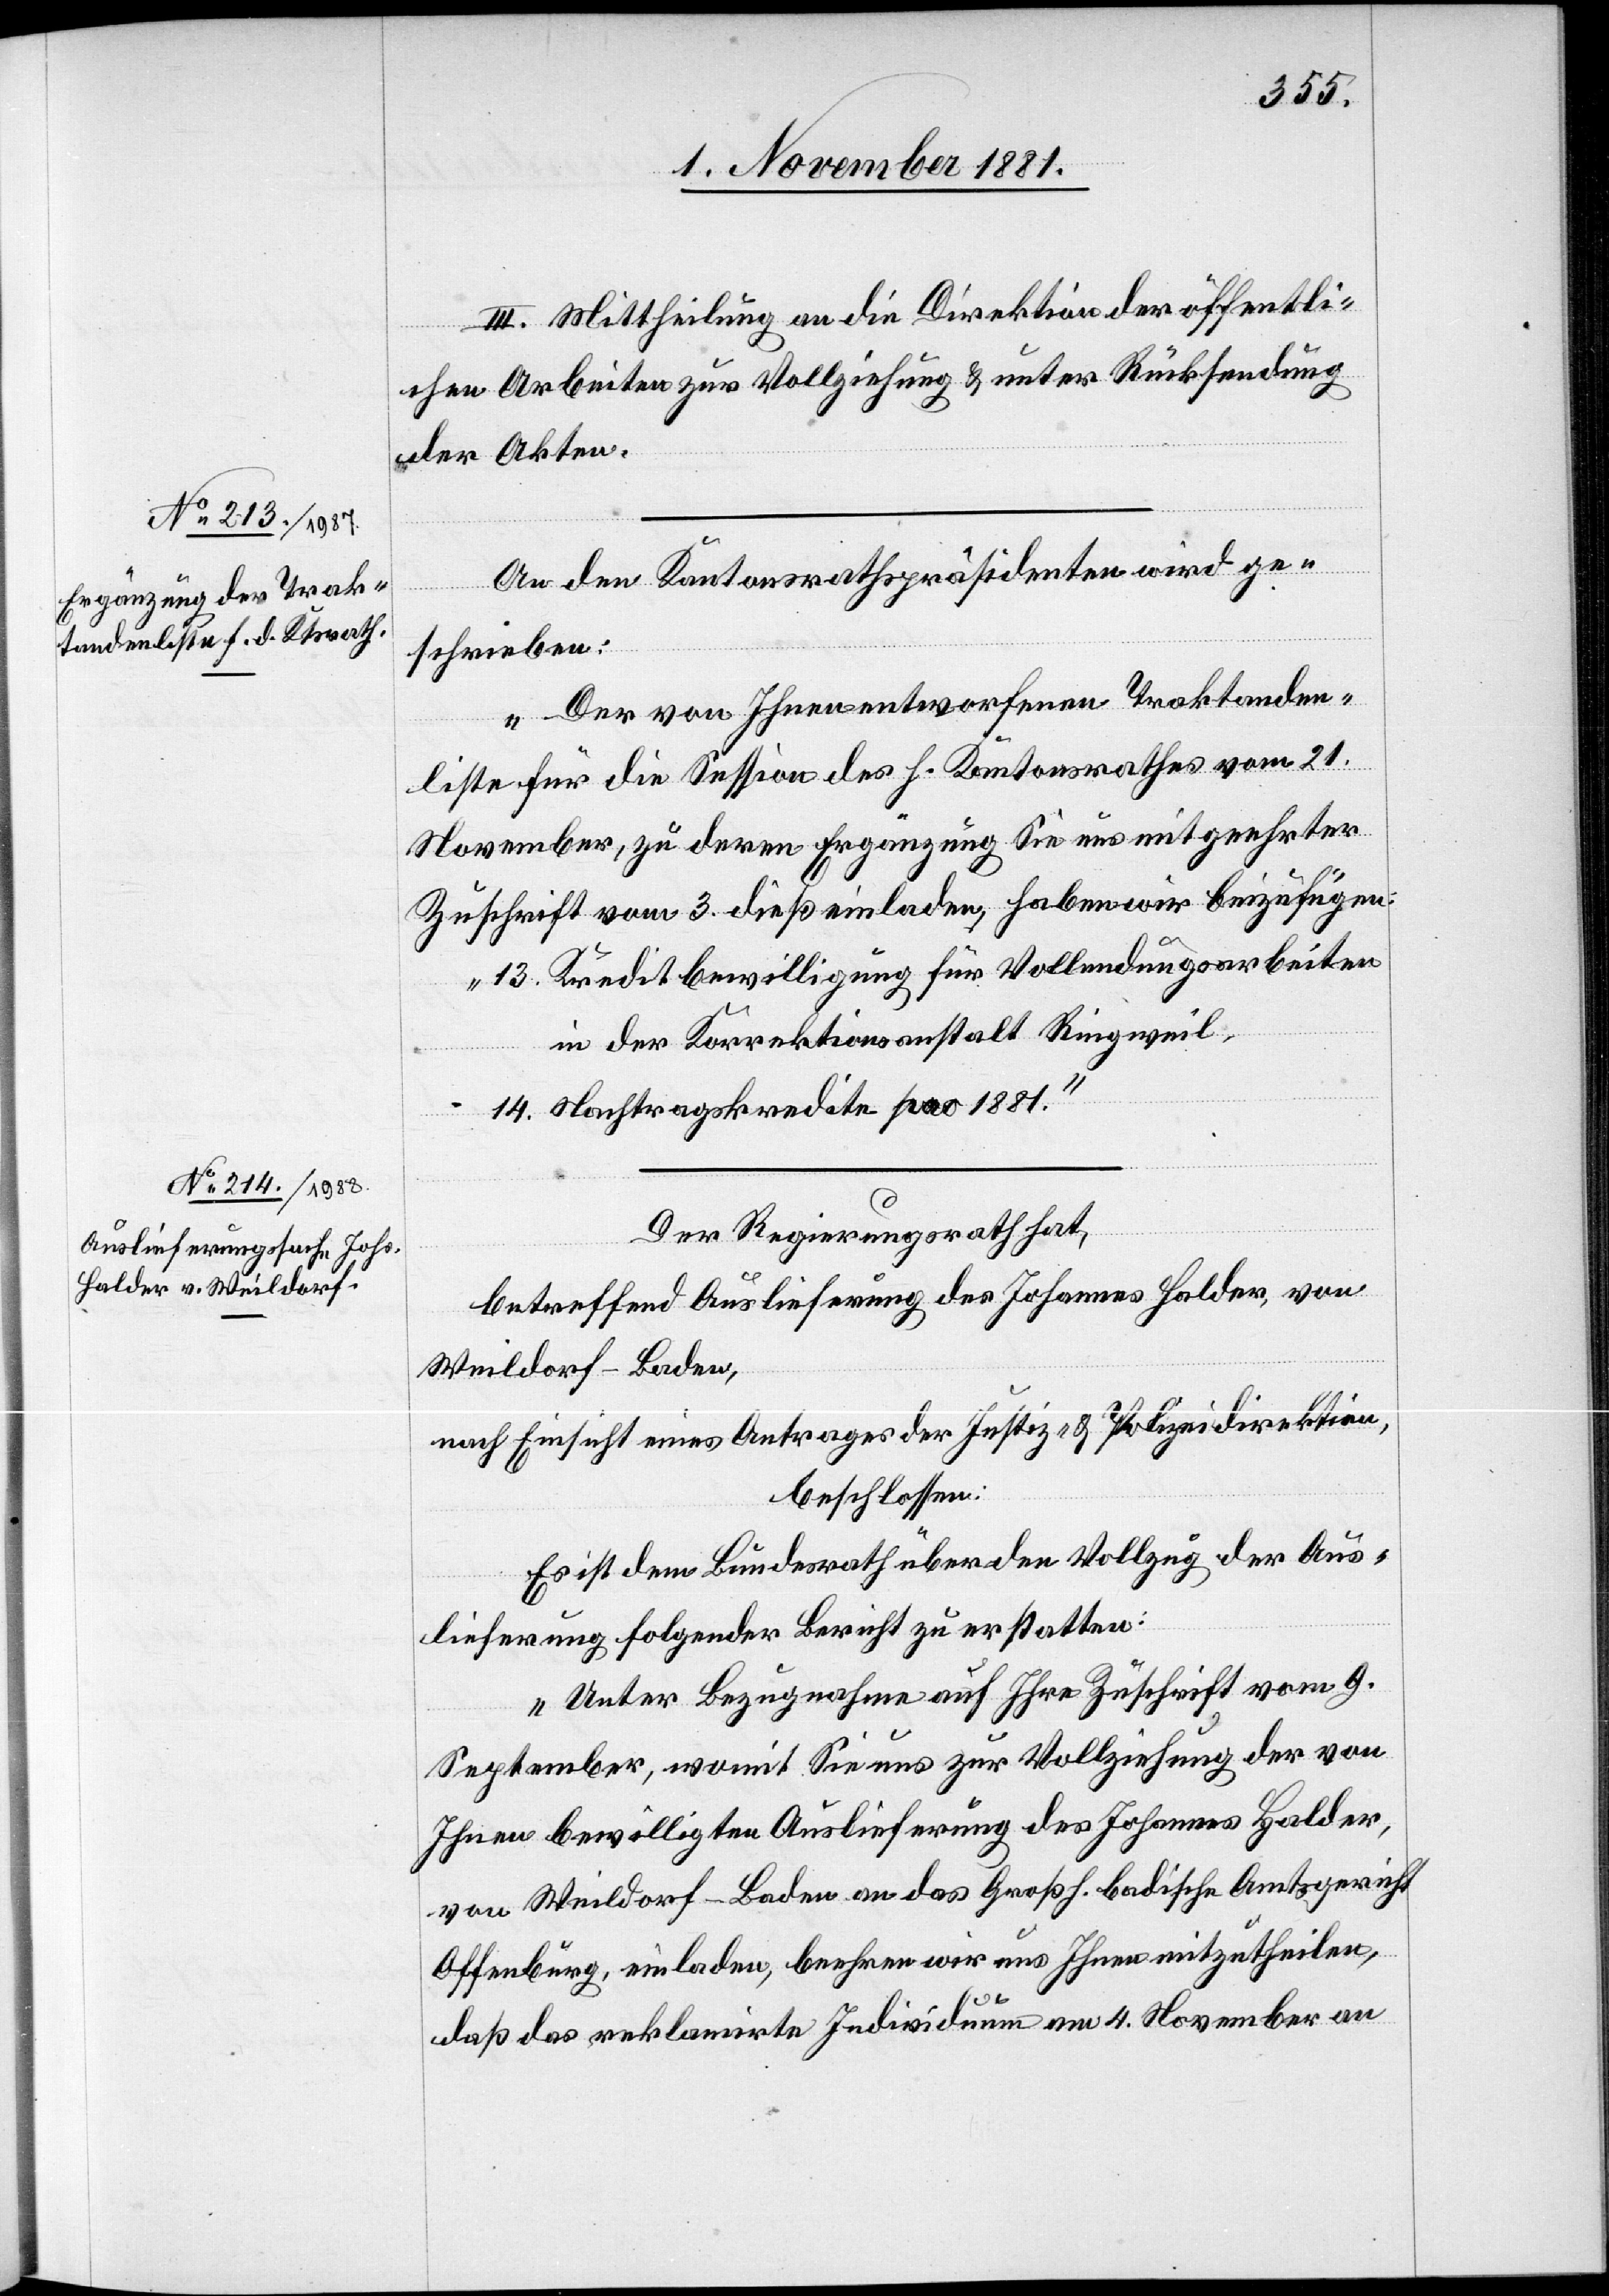
4. November 1881.]
III. Mittheilung an die Direktion der öffentli¬
chen Arbeiten zur Vollziehung & unter Rücksendung
der Akten.
An den Kantonsrathspräsidenten wird ge¬
schrieben:
„Der von Ihnen entworfenen Traktanden¬
liste für die Session des h. Kantonsrathes vom 21.
November, zu deren Ergänzung Sie uns mit geehrter
Zuschrift vom 3. dieß einladen, haben wir beizufügen:
13. Kreditbewilligung für Vollendungsarbeiten
in der Korrektionsanstalt Ringweil.
14. Nachtragskredite pro 1881.“
Der Regierungsrath hat,
betreffend Auslieferung des Johannes Halder, von
Weildorf - Baden,
nach Einsicht eines Antrages der Justiz- & Polizeidirektion,
beschlossen:
Es ist dem Bundesrath über den Vollzug der Aus¬
lieferung folgender Bericht zu erstatten:
„Unter Bezugnahme auf Ihre Zuschrift vom 9.
September, womit Sie uns zur Vollziehung der von
Ihnen bewilligten Auslieferung des Johannes Halder,
von Weildorf - Baden an das Großh. badische Amtsgericht
Offenburg, einladen, beehren wir uns Ihnen mitzutheilen,
daß das reklamirte Individuum am 4. November an